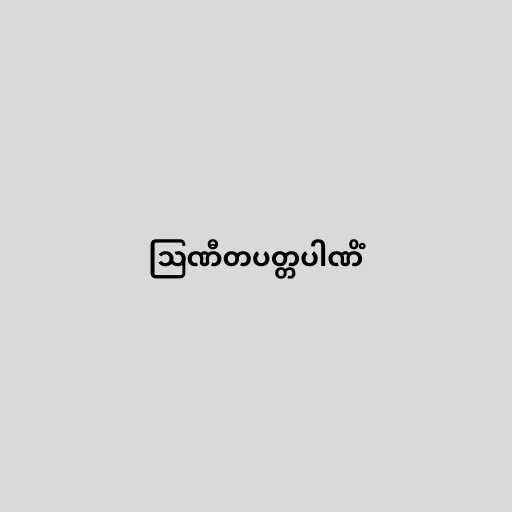
ဩဏီတပတ္တပါဏိံ